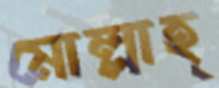
মোল্লাহ্